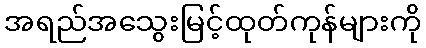
အရည်အသွေးမြင့်ထုတ်ကုန်များကို